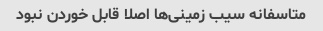
متاسفانه سیب زمینی‌ها اصلا قابل خوردن نبود